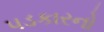
પડકારનો